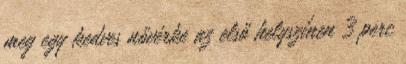
meg egy kedves nővérke az első helyszínen 3 perc